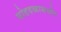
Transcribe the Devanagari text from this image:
घोडदळासमोर